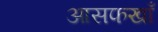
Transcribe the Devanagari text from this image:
आसफखाँ